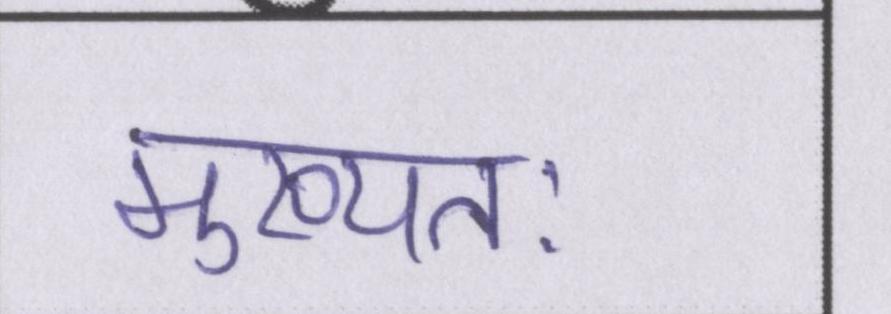
मुख्यतः